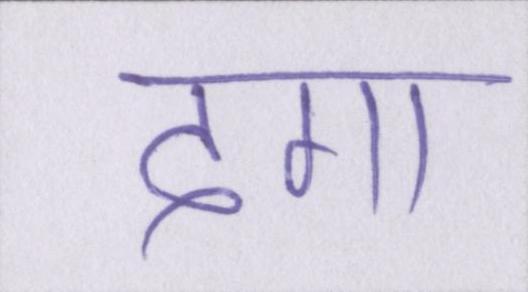
देगा